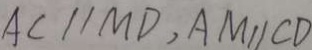
A C / / M D , A M / / C D